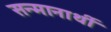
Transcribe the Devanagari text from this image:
सन्मानार्थी